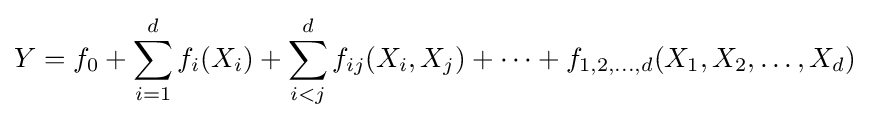
Y=f_{0}+\sum _{i=1}^{d}f_{i}(X_{i})+\sum _{i<j}^{d}f_{ij}(X_{i},X_{j})+\cdots +f_{1,2,\dots ,d}(X_{1},X_{2},\dots ,X_{d})